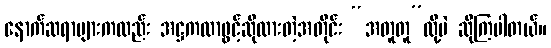
နောက်ဆရာများကလည်း အဋ္ဌကထာဖွင့်ဆိုထားတဲ့အတိုင်း “အတူတူ”လို့ပဲ ဆိုကြပါတယ်။